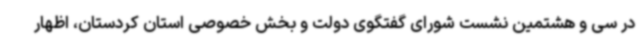
در سی و هشتمین نشست شورای گفتگوی دولت و بخش خصوصی استان کردستان، اظهار